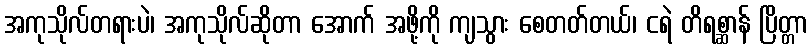
အကုသိုလ်တရားပဲ၊ အကုသိုလ်ဆိုတာ အောက် အဖို့ကို ကျသွား စေတတ်တယ်၊ ငရဲ တိရစ္ဆာန် ပြိတ္တာ